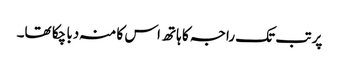
پر تب تک راجہ کا ہاتھ اس کا منہ دبا چکا تھا۔